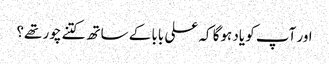
اور آپ کو یاد ہوگا کہ علی بابا کے ساتھ کتنے چور تھے؟